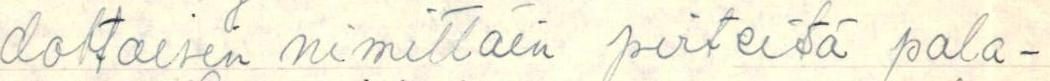
dottaisin nimittäin pirteitä pala-